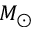
M _ { \odot }